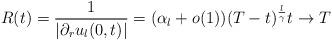
LaTeX: \begin{align*} R(t)=\frac{1}{\lvert\partial_r u_{l}(0,t)\rvert}=(\alpha_{l}+o(1))(T-t)^{\frac{l}{\gamma}} t\to T \end{align*}